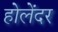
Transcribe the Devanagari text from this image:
होलेंदर